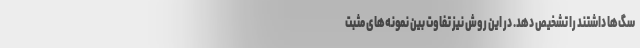
سگ‌ها داشتند را تشخیص دهد. در این روش نیز تفاوت بین نمونه‌های مثبت